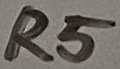
Text: R5